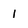
Character: 1